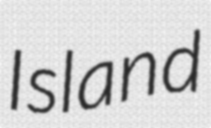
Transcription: Island